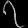
Digit: ၇